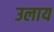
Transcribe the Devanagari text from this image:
उलाय